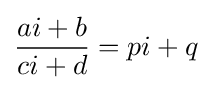
{\frac {ai+b}{ci+d}}=pi+q